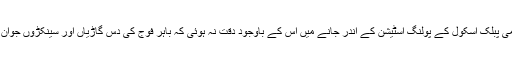
چکلالہ گیریژن میں واقع آرمی پبلک اسکول کے پولنگ اسٹیشن کے اندر جانے میں اس کے باوجود دقت نہ ہوئی کہ باہر فوج کی دس گاڑیاں اور سینکڑوں جوان چاروں طرف کھڑے تھے ۔